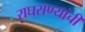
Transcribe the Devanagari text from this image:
राघराण्यांची